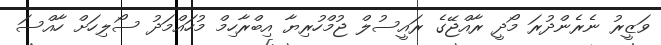
ވަޒީރު ނެރެންދުރަ މޯދީ ރާއްޖޭގެ ރައީސުލް ޖުމްހުރިޔާ އިބްރާހިމް މުހައްމަދު ސޯލިހަށް ހާއްސަ